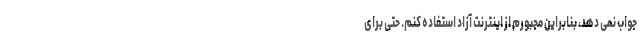
جواب نمی دهد، بنابراین مجبورم از اینترنت آزاد استفاده کنم. حتی برای